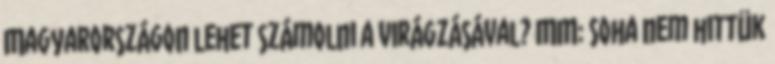
Magyarországon lehet számolni a virágzásával? MM: Soha nem hittük